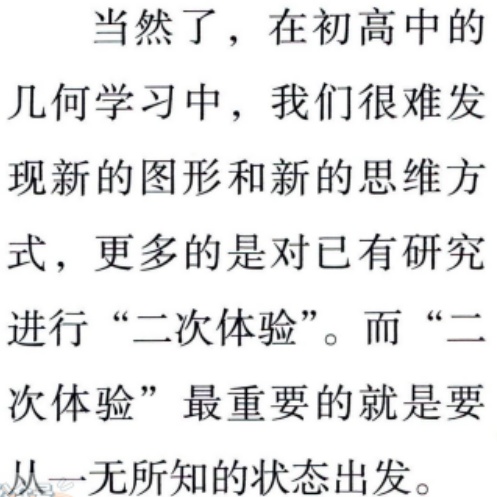
当然了，在初高中的
几何学习中，我们很难发
现新的图形和新的思维方
式，更多的是对已有研究
进行“二次体验”。而“二
次体验”最重要的就是要
从一无所知的状态出发。